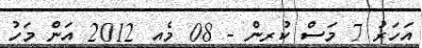
އަހަރު 7 މަސް ކުރިން - 08 މެއި 2012 އަން މަހު